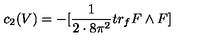
c _ { 2 } ( V ) = - [ \frac { 1 } { 2 \cdot 8 \pi ^ { 2 } } t r _ { f } F \wedge F ]